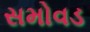
સમોવડ